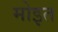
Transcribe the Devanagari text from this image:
मोइत